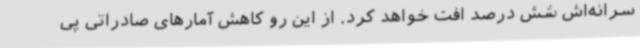
سرانه‌اش شش درصد افت خواهد کرد. از این رو کاهش آمارهای صادراتی پی